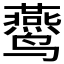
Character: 𱊴